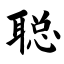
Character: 聪